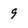
Character: 9